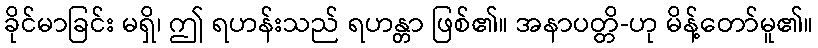
ခိုင်မာခြင်း မရှိ၊ ဤ ရဟန်းသည် ရဟန္တာ ဖြစ်၏။ အနာပတ္တိ-ဟု မိန့်တော်မူ၏။